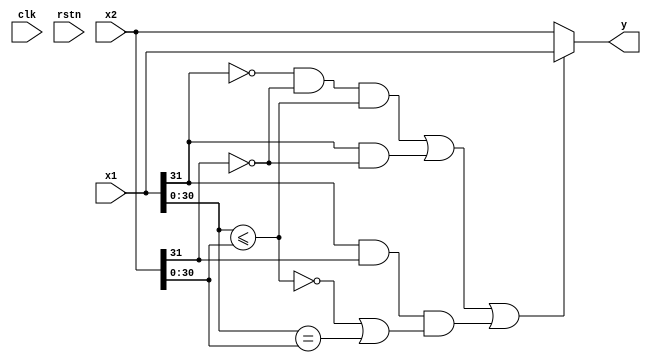
`default_nettype none

module fmin (
    input wire [31:0] x1,
    input wire [31:0] x2,
    output wire [31:0] y,
    input wire clk,
    input wire rstn);

wire s1 = x1[31];
wire [30:0] abs1 = x1[30:0];
wire s2 = x2[31];
wire [30:0] abs2 = x2[30:0];

wire absle = (abs1 <= abs2);
wire abseq = (abs1 == abs2);
wire le = (~s1 & ~s2 & absle) | (s1 & ~s2) | (s1 & s2 & (~absle | abseq));

assign y = (le) ? x1 : x2;

endmodule

module fmax (
    input wire [31:0] x1,
    input wire [31:0] x2,
    output wire [31:0] y,
    input wire clk,
    input wire rstn);

wire s1 = x1[31];
wire [30:0] abs1 = x1[30:0];
wire s2 = x2[31];
wire [30:0] abs2 = x2[30:0];

wire absle = (abs1 <= abs2);
wire abseq = (abs1 == abs2);
wire le = (~s1 & ~s2 & absle) | (s1 & ~s2) | (s1 & s2 & (~absle | abseq));

assign y = (le) ? x2 : x1;

endmodule

`default_nettype wire